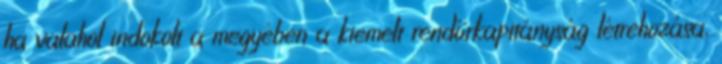
ha valahol indokolt a megyében a kiemelt rendőrkapitányság létrehozása,